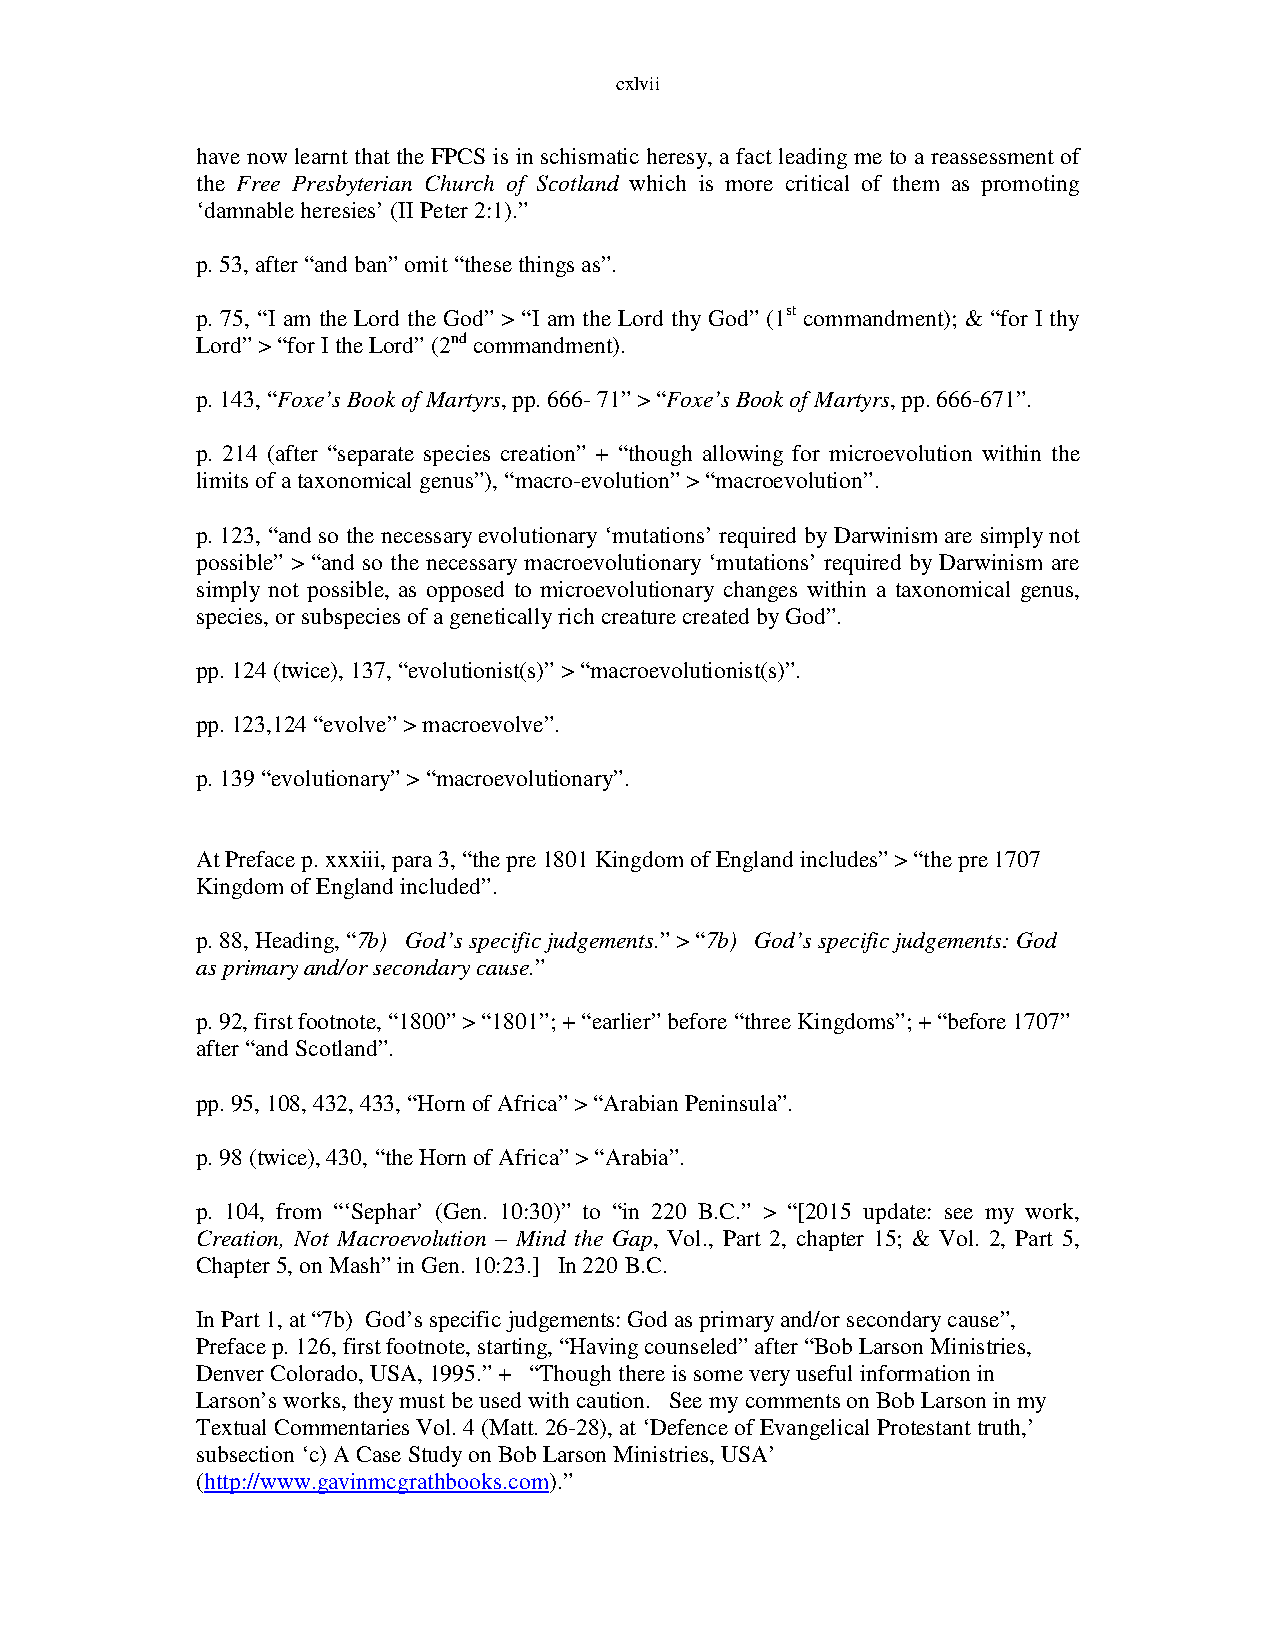
cxlvii
 have now learnt that the FPCS is in schismatic heresy, a fact leading me to a reassessment of
 the Free Presbyterian Church of Scotland which is more critical of them as promoting
 ‘damnable heresies’ (II Peter 2:1).”
 p. 53, after “and ban” omit “these things as”.
 p. 75, “I am the Lord the God” > “I am the Lord thy God” (1st commandment); & “for I thy
 Lord” > “for I the Lord” (2nd commandment).
 p. 143, “Foxe’s Book of Martyrs, pp. 666- 71” > “Foxe’s Book of Martyrs, pp. 666-671”.
 p. 214 (after “separate species creation” + “though allowing for microevolution within the
 limits of a taxonomical genus”), “macro-evolution” > “macroevolution”.
 p. 123, “and so the necessary evolutionary ‘mutations’ required by Darwinism are simply not
 possible” > “and so the necessary macroevolutionary ‘mutations’ required by Darwinism are
 simply not possible, as opposed to microevolutionary changes within a taxonomical genus,
 species, or subspecies of a genetically rich creature created by God”.
 pp. 124 (twice), 137, “evolutionist(s)” > “macroevolutionist(s)”.
 pp. 123,124 “evolve” > macroevolve”.
 p. 139 “evolutionary” > “macroevolutionary”.
 At Preface p. xxxiii, para 3, “the pre 1801 Kingdom of England includes” > “the pre 1707
 Kingdom of England included”.
 p. 88, Heading, “7b) God’s specific judgements.” > “7b) God’s specific judgements: God
 as primary and/or secondary cause.”
 p. 92, first footnote, “1800” > “1801”; + “earlier” before “three Kingdoms”; + “before 1707”
 after “and Scotland”.
 pp. 95, 108, 432, 433, “Horn of Africa” > “Arabian Peninsula”.
 p. 98 (twice), 430, “the Horn of Africa” > “Arabia”.
 p. 104, from “‘Sephar’ (Gen. 10:30)” to “in 220 B.C.” > “[2015 update: see my work,
 Creation, Not Macroevolution – Mind the Gap, Vol., Part 2, chapter 15; & Vol. 2, Part 5,
 Chapter 5, on Mash” in Gen. 10:23.] In 220 B.C.
 In Part 1, at “7b) God’s specific judgements: God as primary and/or secondary cause”,
 Preface p. 126, first footnote, starting, “Having counseled” after “Bob Larson Ministries,
 Denver Colorado, USA, 1995.” + “Though there is some very useful information in
 Larson’s works, they must be used with caution. See my comments on Bob Larson in my
 Textual Commentaries Vol. 4 (Matt. 26-28), at ‘Defence of Evangelical Protestant truth,’
 subsection ‘c) A Case Study on Bob Larson Ministries, USA’
 (http://www.gavinmcgrathbooks.com).”